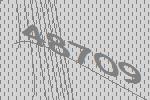
48709